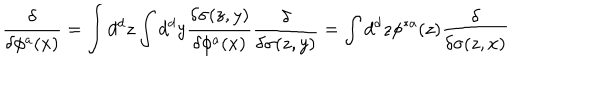
LaTeX: { \frac { \delta } { \delta \phi ^ { a } ( x ) } } = \int d ^ { d } z \int d ^ { d } y { \frac { \delta \sigma ( z , y ) } { \delta \phi ^ { a } ( x ) } } { \frac { \delta } { \delta \sigma ( z , y ) } } = \int d ^ { d } z \phi ^ { * a } ( z ) { \frac { \delta } { \delta \sigma ( z , x ) } }